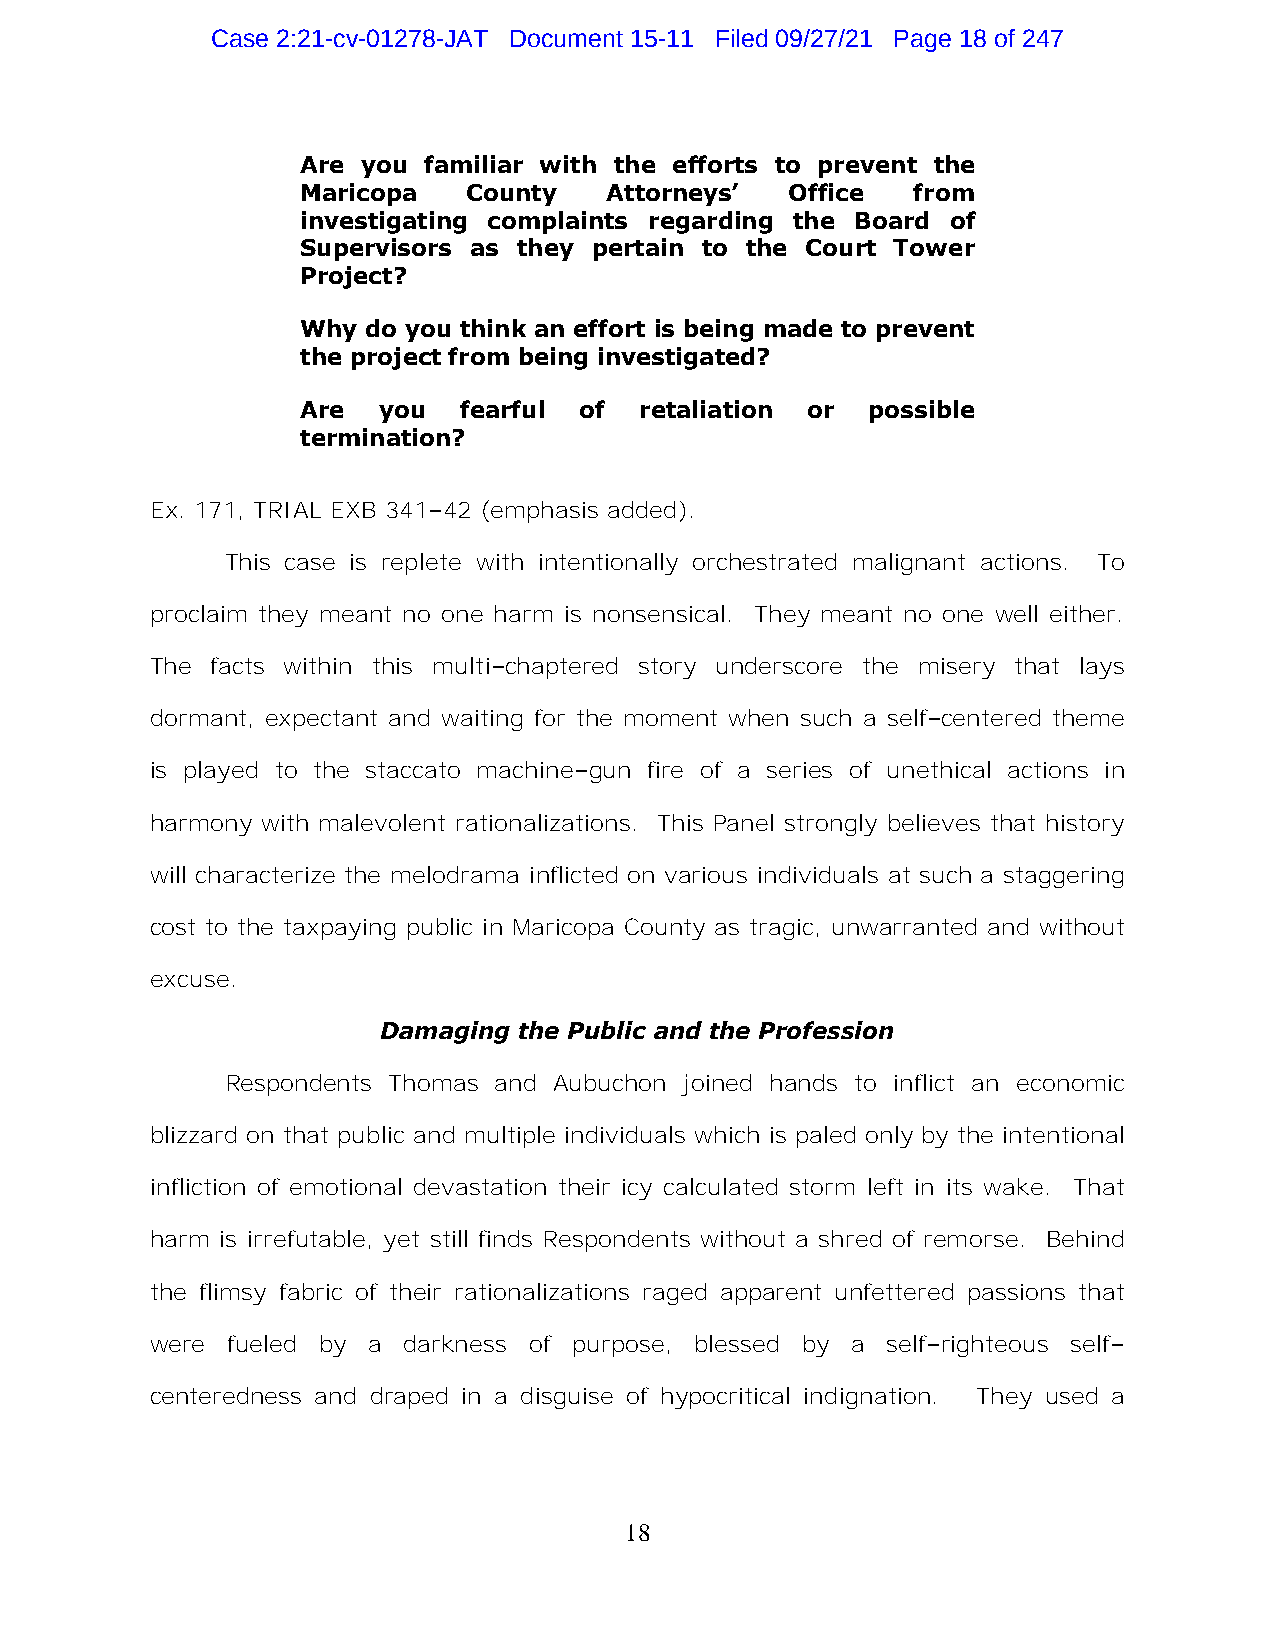
Case 2:21-cv-01278-JAT Document 15-11 Filed 09/27/21 Page 18 of 247
 Are you familiar with the efforts to prevent the
 Maricopa   County   Attorneys’  Office   from
 investigating complaints regarding the Board of
 Supervisors as they pertain to the Court Tower
 Project?
 Why do you think an effort is being made to prevent
 the project from being investigated?
 Are  you  fearful of  retaliation or  possible
 termination?
 Ex. 171, TRIAL EXB 341–42 (emphasis added).
 This case is replete with intentionally orchestrated malignant actions. To
 proclaim they meant no one harm is nonsensical. They meant no one well either.
 The facts within this multi–chaptered story underscore the misery that lays
 dormant, expectant and waiting for the moment when such a self–centered theme
 is played to the staccato machine–gun fire of a series of unethical actions in
 harmony with malevolent rationalizations. This Panel strongly believes that history
 will characterize the melodrama inflicted on various individuals at such a staggering
 cost to the taxpaying public in Maricopa County as tragic, unwarranted and without
 excuse.
 Damaging the Public and the Profession
 Respondents Thomas and Aubuchon joined hands to inflict an economic
 blizzard on that public and multiple individuals which is paled only by the intentional
 infliction of emotional devastation their icy calculated storm left in its wake. That
 harm is irrefutable, yet still finds Respondents without a shred of remorse. Behind
 the flimsy fabric of their rationalizations raged apparent unfettered passions that
 were fueled by a darkness of purpose, blessed by a self–righteous self–
 centeredness and draped in a disguise of hypocritical indignation. They used a
 18